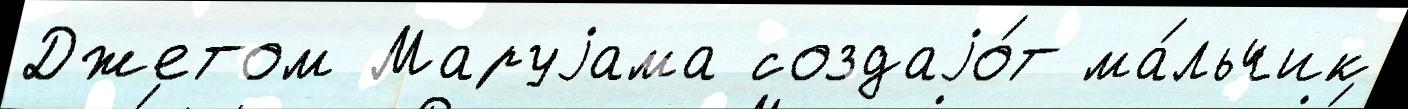
Джетом Маруjама создаjо́т ма́льчик